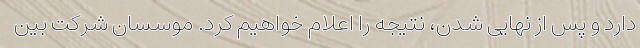
دارد و پس از نهایی شدن، نتیجه را اعلام خواهیم کرد. موسسان شرکت بین